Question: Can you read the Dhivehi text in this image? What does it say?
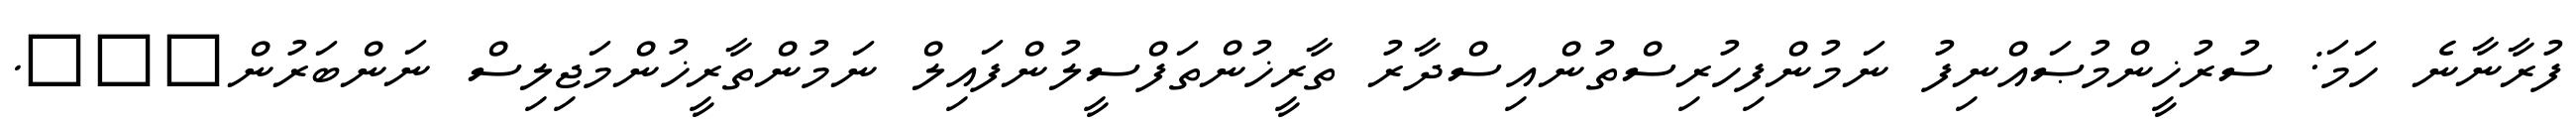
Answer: ފުރާނާނެ ހަމަ: ސުރުޚީންމުޞައްނިފު ނަމުންފިހުރިސްތުންއިސްދާރު ތާރީޚުންތަފްސީލުންފައިލް ނަމުންތާރީޚުންމަޖިލިސް ނަންބަރުން???.